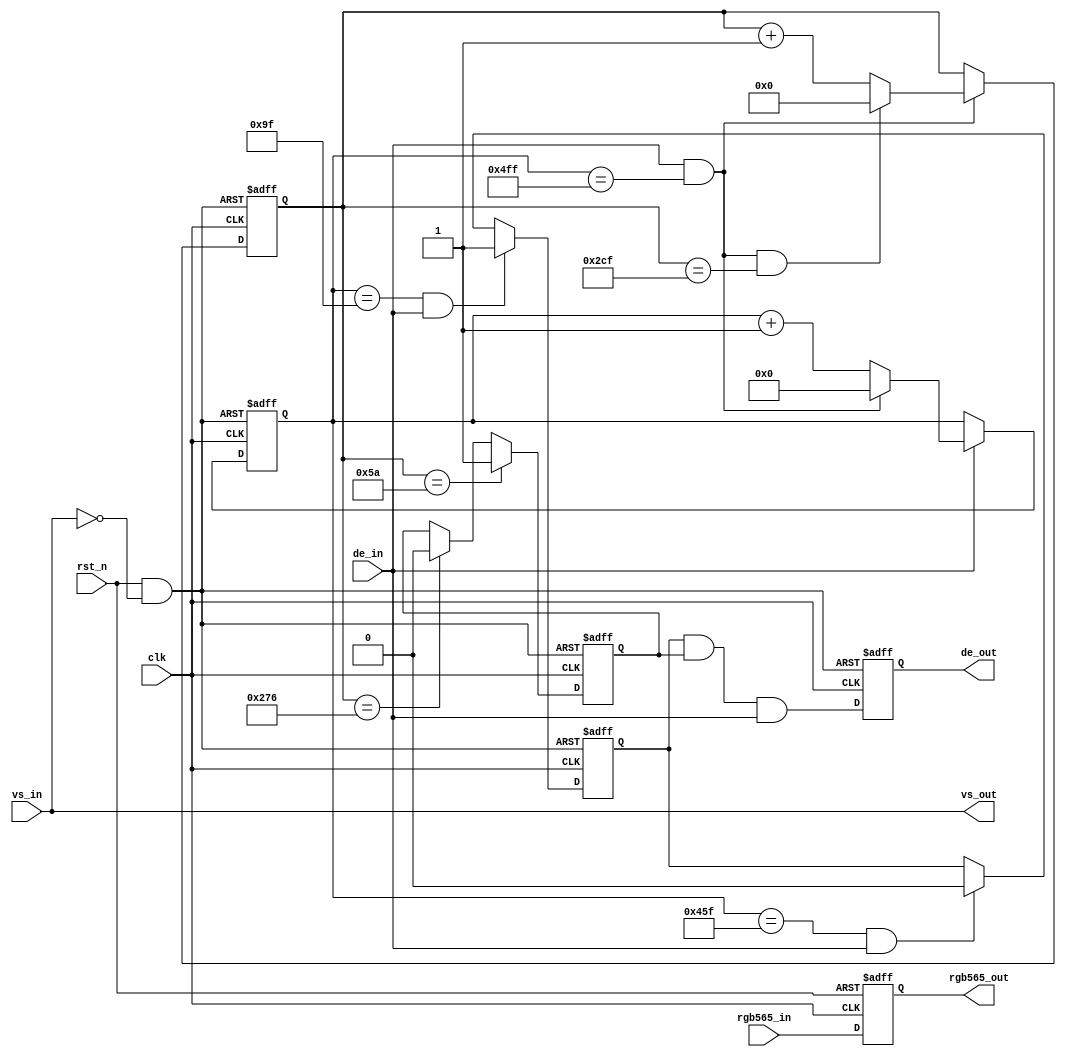
/*==============================================


==============================================*/
module cmos_crop (
    input           clk           ,
    input           rst_n         ,
    input           vs_in         ,
    input           de_in         ,
    input [15:0]    rgb565_in     ,
    output          vs_out        ,
    output reg      de_out        ,
    output reg[15:0]rgb565_out
);
    wire rstn;
    assign rstn = rst_n && ~vs_in;
    
    reg  [10:0] hs		;	// 
    wire 		hs_add	;
    wire 		hs_end	;
    always @(posedge clk or negedge rstn)begin	// 
        if(!rstn)begin
            hs <= 'd0;
        end
        else if(hs_add)begin
            if(hs_end)begin
                hs <= 'd0;
            end
            else begin
                hs <= hs + 1'b1;
            end
        end
    end
    assign hs_add = de_in;
    assign hs_end = hs_add && (hs == 11'd1280 - 1'b1);
    
    reg  [ 9:0] vs		;	// 
    wire 		vs_add	;
    wire 		vs_end	;
    always @(posedge clk or negedge rstn)begin	// 
        if(!rstn)begin
            vs <= 'd0;
        end
        else if(vs_add)begin
            if(vs_end)begin
                vs <= 'd0;
            end
            else begin
                vs <= vs + 1'b1;
            end
        end
    end
    assign vs_add = hs_end;
    assign vs_end = vs_add && (vs == 10'd720 - 1'b1);
    
    reg de_d0, de_d1;
    always @(posedge clk or negedge rstn)begin		//
        if(!rstn)begin
            de_d0 <= 1'b0;
        end
        else if((hs==11'd159) && de_in)begin
            de_d0 <= 1'b1;
        end
        else if((hs==11'd1119) && de_in)begin
            de_d0 <= 1'b0;
        end
    end
    
    always @(posedge clk or negedge rstn)begin		//
        if(!rstn)begin
            de_d1 <= 1'b0;
        end
        else if(vs==10'd90)begin
            de_d1 <= 1'b1;
        end
        else if(vs==10'd630)begin
            de_d1 <= 1'b0;
        end
    end
    
    always @(posedge clk or negedge rstn)begin		//
        if(!rstn)begin
            de_out <= 1'b0;
        end
        else begin
            de_out <= de_d0 && de_d1 && de_in;
        end
    end
    
    assign vs_out = vs_in;
    
    always @(posedge clk or negedge rst_n)begin		//
        if(!rst_n)begin
            rgb565_out <= 16'd0;
        end
        else begin
            rgb565_out <= rgb565_in;
        end
    end
    
endmodule